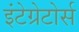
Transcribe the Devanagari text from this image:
इंटेग्रेटोर्स